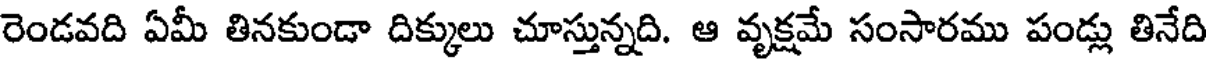
రెండవది ఏమీ తినకుండా దిక్కులు చూస్తున్నది. ఆ వృక్షమే సంసారము పండ్లు తినేది